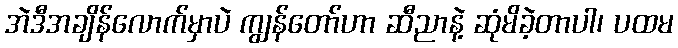
အဲဒီအချိန်လောက်မှာပဲ ကျွန်တော်ဟာ ဆီညာနဲ့ ဆုံမိခဲ့တာပါ၊ ပထမ